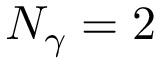
N _ { \gamma } = 2